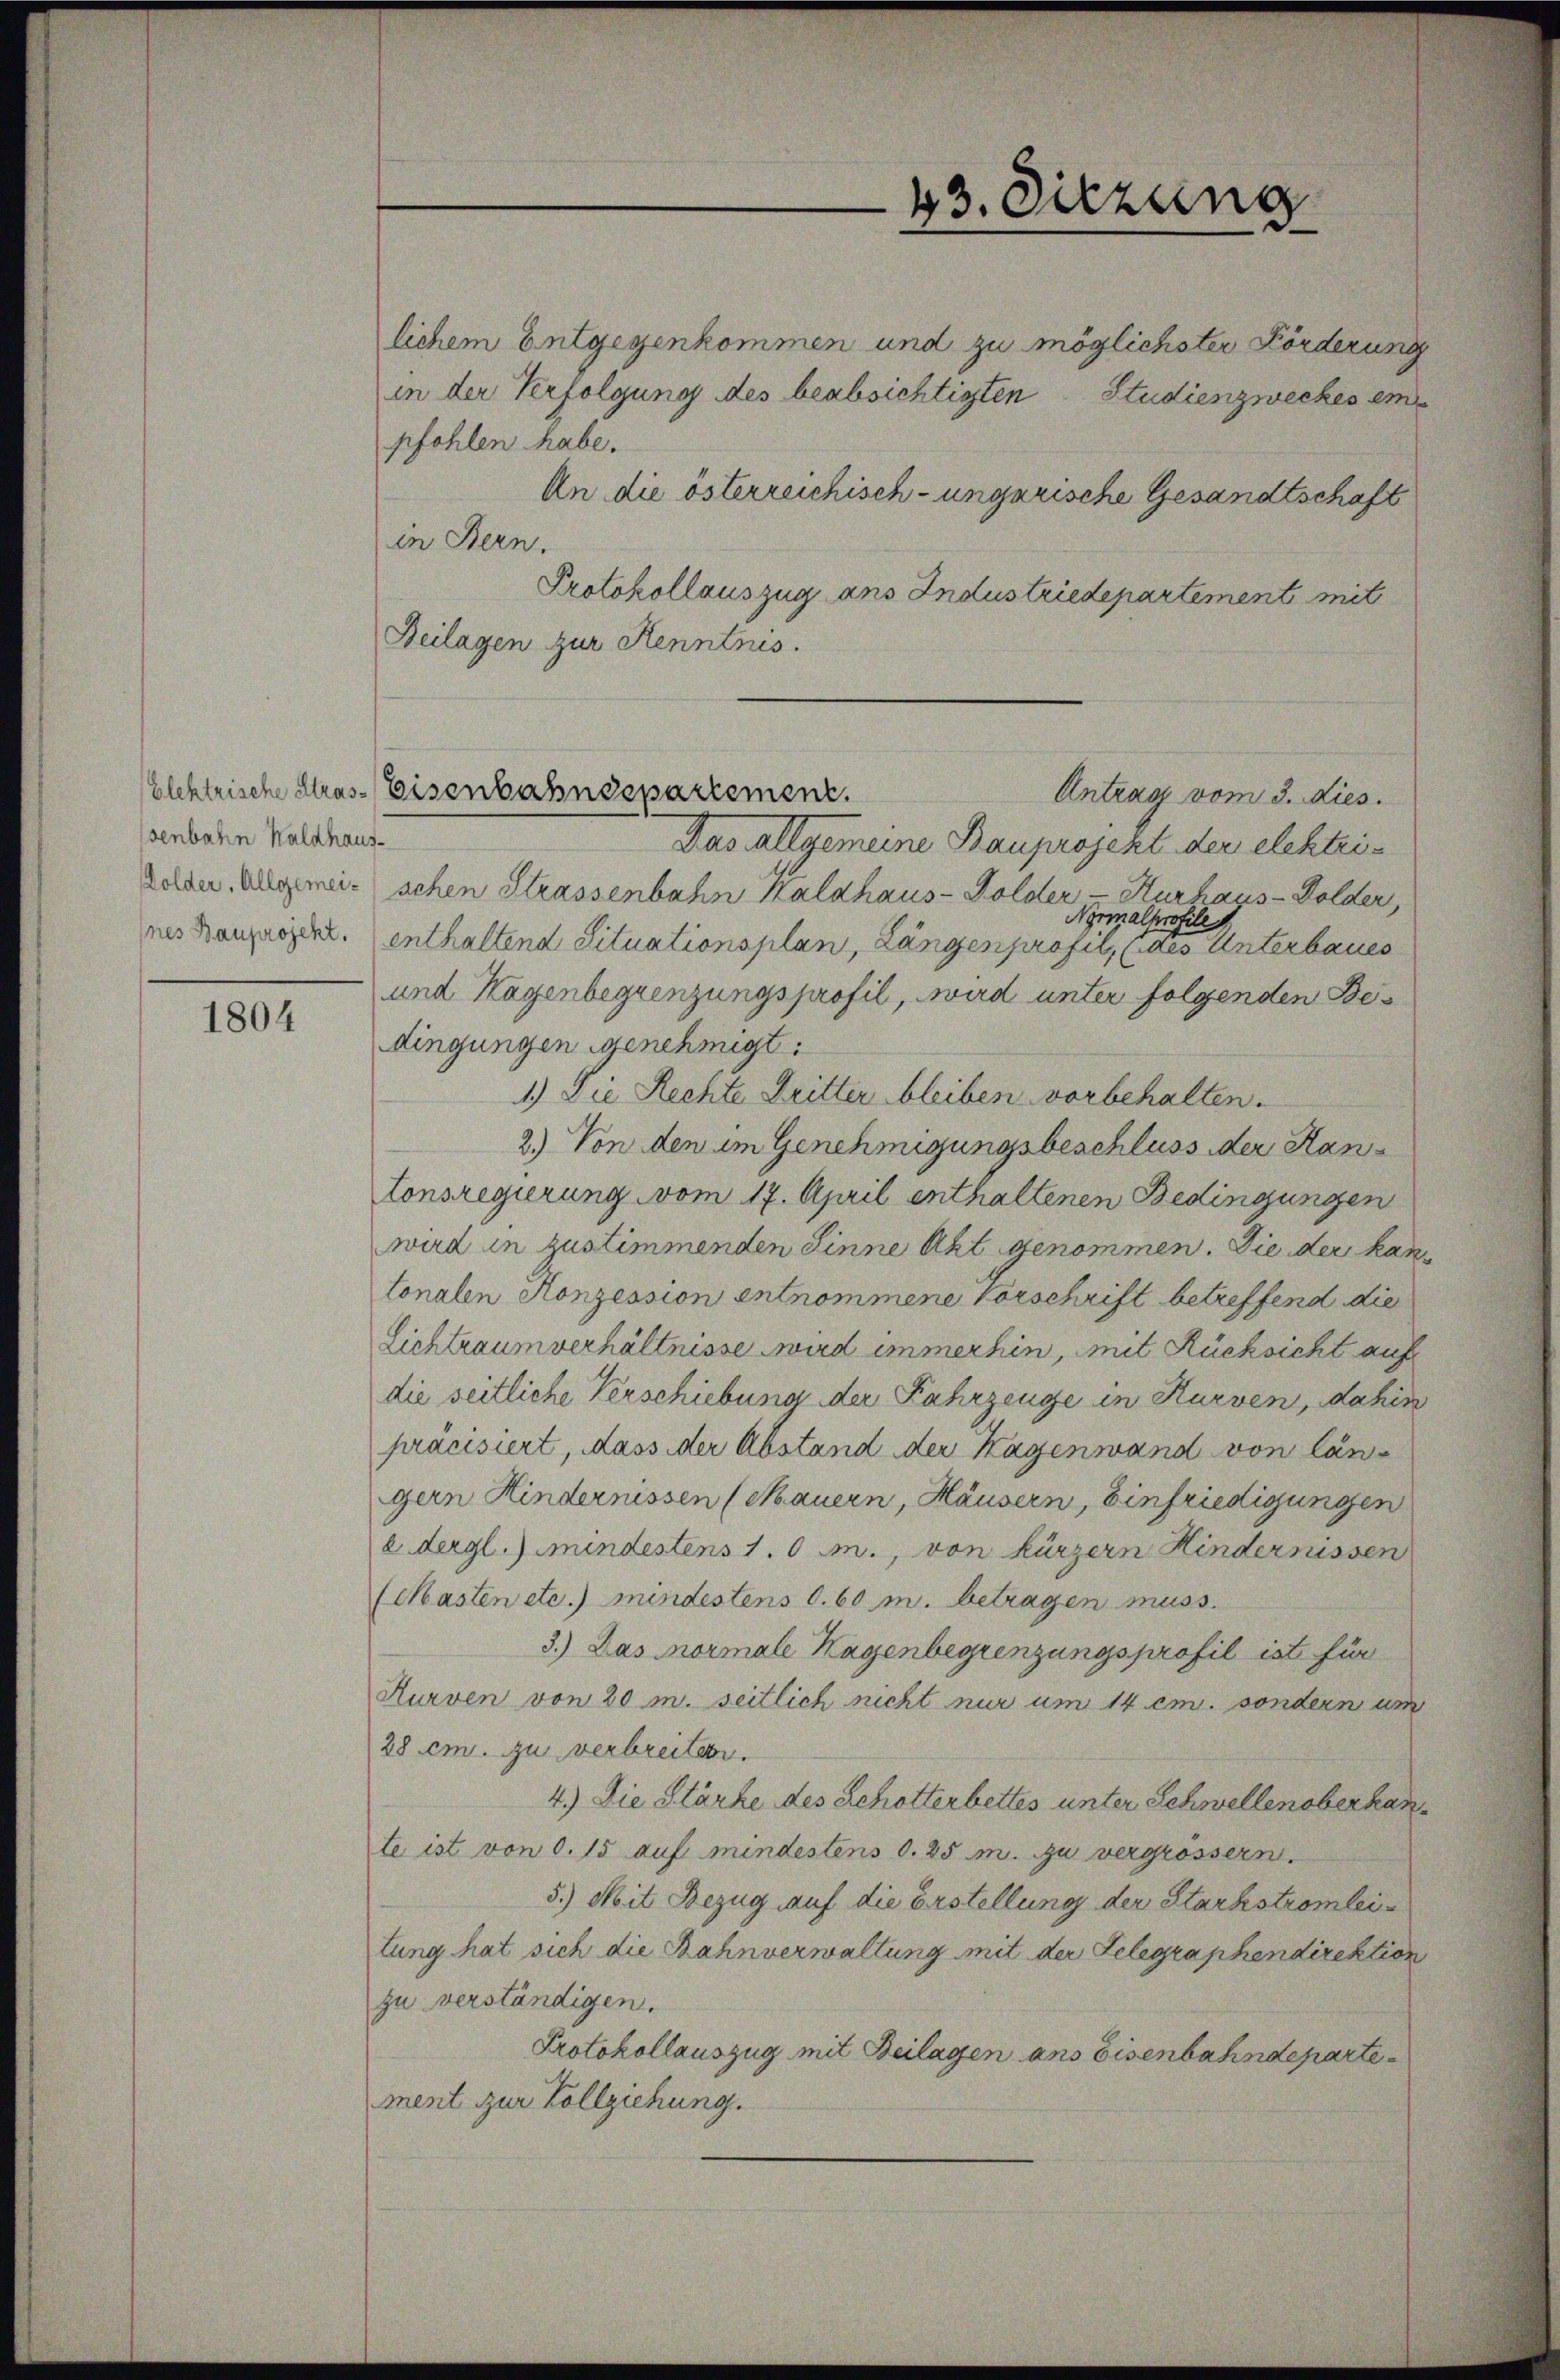
senbahn Waldhaus-

1804

lichem Entgegenkommen und zu möglichster Förderung
in der Verfolgung des beabsichtigten Studienzweckes ein
pfohlen habe.
An die österreichisch-ungarische Gesandtschaft
in Bern.
Protokollauszug ans Industriedepartement mit
Beilagen zur Kenntnis.
Antrag vom 3. dies.
Das Allgemeine Bauprojekt der elektrikolen angenei- schen Strassenbahn Kalahaus - Golder Kurhaus Dolder,
Nyrmalprofile
nes Kanzeigel. enthaltend Situationsplan, Längenprofil, (des Unterbaues
und Hagenbegrenzungsprofil, wird unter folgenden Bes
dingungen genehmigt.
1.) Die Rechte Dritter bleiben vorbehalten.
2) Von den im Genehmigungsbeschluss der Hantonsregierung vom 17. April enthaltenen Bedingungen
wird in zustimmenden Sinne Akt genommen. Die der kantonalen Konzession entnommene Vorschrift betreffend die
Lichtraum verhältnisse wird immerhin, mit Rücksicht auf
die seitliche Verschiebung der Fahrzeuge in Kurven, dahin
präcisiert, dass der Abstand der Hagenwand von langern Kindernissen (Mauern, Häusern, Einfriedigungen
e dergl. mindestens 1. O m., von kürzern Hindernissen
(Masten etc.) mindestens d. 60 m. betragen muss.
3.) Das Normale Hagenbegrenzungsprofil ist für
Kurven von 20 m. seitlich nicht nur um 14 em. sondern um
28 cm. zu verbreiten.
4.) Die Stärke des Schotterbettes unter Schwellenoberhante ist von d. 15 auf mindestens d. 25 m. zu vergrössern.
5.) Mit Bezug auf die Erstellung der Starkstromlei
tung hat sich die Bahnverwaltung mit der Telegraphendirektion
zu verständigen.
Protokollauszug mit Beilagen ans Eisenbahndeparte
ment zur Vollziehung.

Elektrische Stras-Eisenbahndepartement.

43. Sitzung